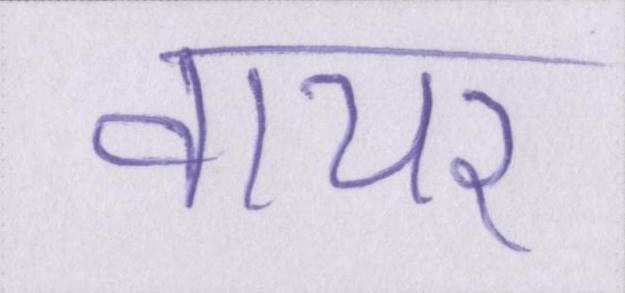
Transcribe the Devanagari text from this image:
वायर